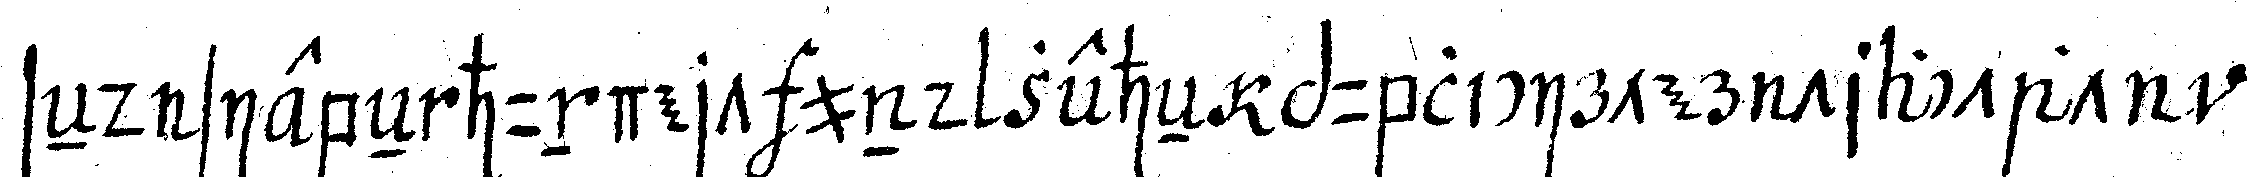
seNd siebeN hundert und zeheN publicirter tractat